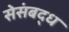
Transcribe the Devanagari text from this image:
सेसंबद्ध